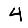
Digit: 4